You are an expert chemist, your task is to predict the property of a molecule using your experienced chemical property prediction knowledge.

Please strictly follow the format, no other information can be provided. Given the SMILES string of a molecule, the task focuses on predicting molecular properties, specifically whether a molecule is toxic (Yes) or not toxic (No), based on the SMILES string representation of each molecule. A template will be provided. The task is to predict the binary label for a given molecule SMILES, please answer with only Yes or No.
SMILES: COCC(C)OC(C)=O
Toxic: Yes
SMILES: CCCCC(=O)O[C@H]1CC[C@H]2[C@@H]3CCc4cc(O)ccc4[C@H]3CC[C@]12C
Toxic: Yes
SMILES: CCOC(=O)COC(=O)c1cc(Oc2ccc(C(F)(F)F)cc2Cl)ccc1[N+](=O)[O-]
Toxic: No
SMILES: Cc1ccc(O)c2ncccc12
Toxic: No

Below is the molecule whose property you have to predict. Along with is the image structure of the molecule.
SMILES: CCCCCCCCCCCCCCCCCCOCC(O)CO
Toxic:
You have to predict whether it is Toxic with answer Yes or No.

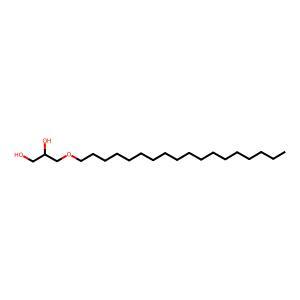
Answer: Yes